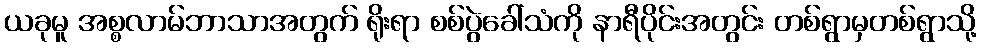
ယခုမူ အစ္စလာမ်ဘာသာအတွက် ရိုးရာ စစ်ပွဲခေါ်သံကို နာရီပိုင်းအတွင်း တစ်ရွာမှတစ်ရွာသို့